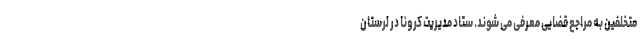
متخلفین به مراجع قضایی معرفی می شوند. ستاد مدیریت کرونا در لرستان